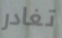
تغادر